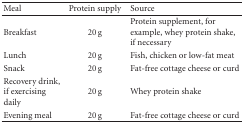
| Meal | Protein supply | Source |
 | --- | --- | --- |
 | Breakfast | 20 g | Protein supplement, for example, whey protein shake, if necessary |
 | Lunch | 20 g | Fish, chicken or low-fat meat |
 | Snack | 20 g | Fat-free cottage cheese or curd |
 | Recovery drink, if exercising daily | 20 g | Whey protein shake |
 | Evening meal | 20 g | Fat-free cottage cheese or curd |